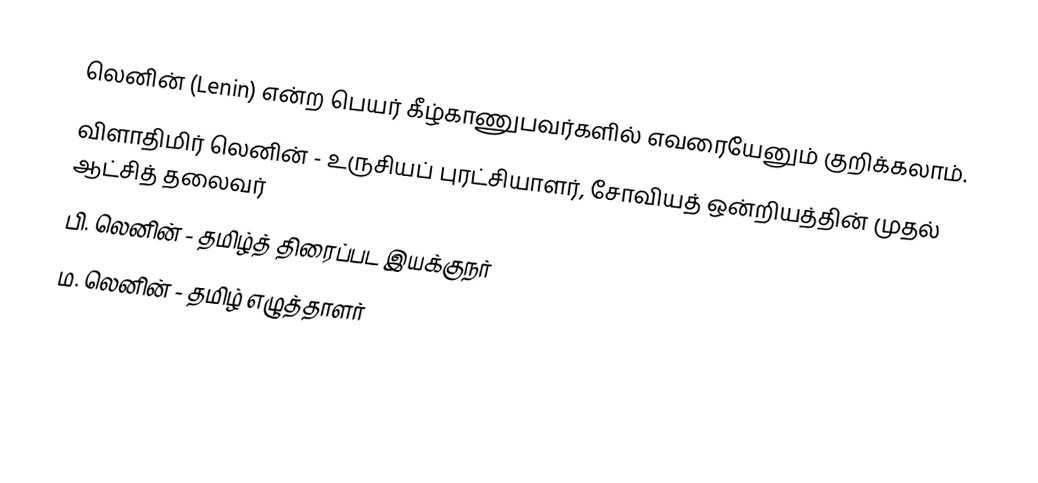
லெனின் (Lenin) என்ற பெயர் கீழ்காணுபவர்களில் எவரையேனும் குறிக்கலாம்.
 விளாதிமிர் லெனின் - உருசியப் புரட்சியாளர், சோவியத் ஒன்றியத்தின் முதல் ஆட்சித் தலைவர்
 பி. லெனின் - தமிழ்த் திரைப்பட இயக்குநர்
 ம. லெனின் - தமிழ் எழுத்தாளர்